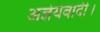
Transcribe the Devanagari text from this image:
अज्ञेयवादी।